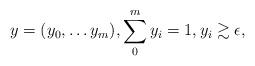
LaTeX: \begin{align*}y=(y_0,\ldots y_m), \sum_0^m y_i=1,y_i\gtrsim \epsilon, \end{align*}